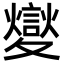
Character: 夑